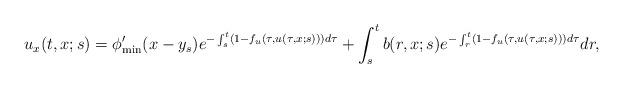
LaTeX: \begin{align*}u_{x}(t,x;s)&=\phi'_{\min}(x-y_{s})e^{-\int_{s}^{t}(1-f_{u}(\tau,u(\tau,x;s)))d\tau}+\int_{s}^{t}b(r,x;s)e^{-\int_{r}^{t}(1-f_{u}(\tau,u(\tau,x;s)))d\tau}dr,\end{align*}